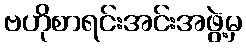
ဗဟိုစာရင်းအင်းအဖွဲ့မှ